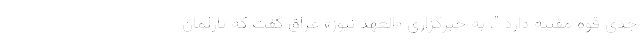
جدی قوه مقننه دارد "، به خبرگزاری «العهد نیوز» عراق گفت که پارلمان